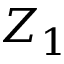
Z _ { 1 }